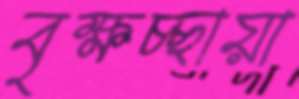
বৃক্ষচ্ছায়া